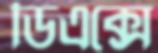
ডিএক্সে